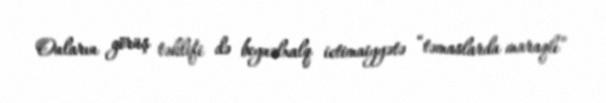
Onların görüş təklifi də beynəlxalq ictimaiyyətə “təmaslarda maraqlı”